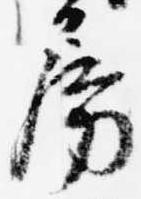
房